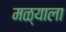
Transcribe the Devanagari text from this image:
मळ्याला